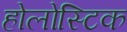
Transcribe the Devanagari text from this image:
होलोस्टिक